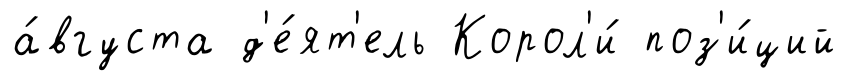
а́вгуста д'е́ят'ель Корол'и́ поз'и́ций